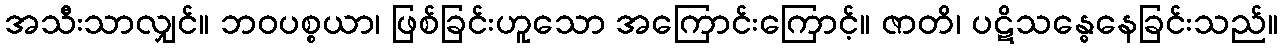
အသီးသာလျှင်။ ဘဝပစ္စယာ၊ ဖြစ်ခြင်းဟူသော အကြောင်းကြောင့်။ ဇာတိ၊ ပဋိသန္ဓေနေခြင်းသည်။